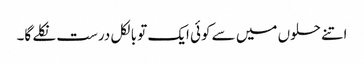
اتنے حلوں میں سے کوئی ایک تو بالکل درست نکلے گا۔